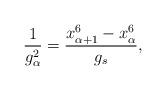
LaTeX: \begin{align*}\frac{1}{g^2_\alpha}=\frac{x^6_{\alpha+1}-x^6_{\alpha}}{g_s},\end{align*}